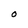
Character: O